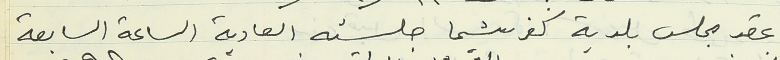
عقد مجلس بلدية كفرشيما جلسته العادية الساعة السابعة